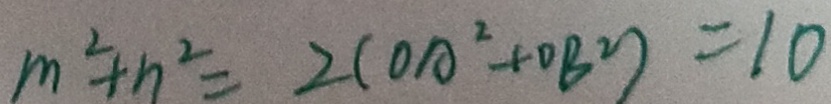
m ^ { 2 } + n ^ { 2 } = 2 ( O A ^ { 2 } + O B ^ { 2 } ) = 1 0